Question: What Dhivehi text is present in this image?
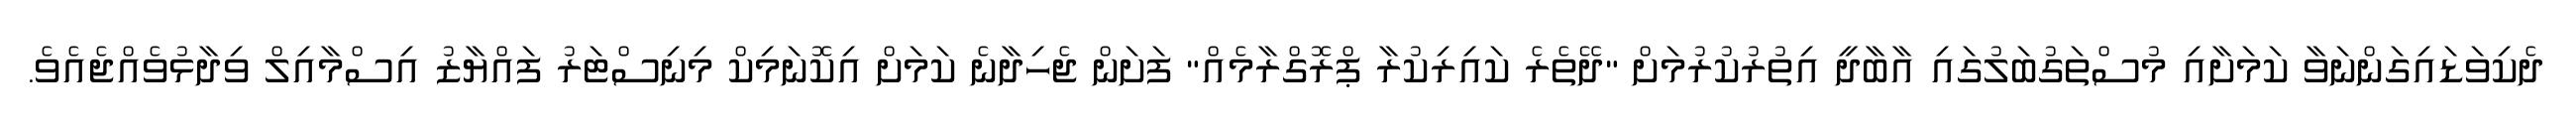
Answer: ދެކިވަޑައިގަންނަވާ ކަމަށާއި މުސްތަގުބަލުގައި އާބާދީ އިތުރުކުރުމަށް "ދޭތެރެ ކައިރިކުރާ ޕްރޮގްރާމެއް" ފަށަން ޖެހިދާނެ ކަމަށް އިކޮނަމިކް މިނިސްޓަރު ފައްޔާޒު އިސްމާއިލް ވިދާޅުވެއްޖެއެވެ.